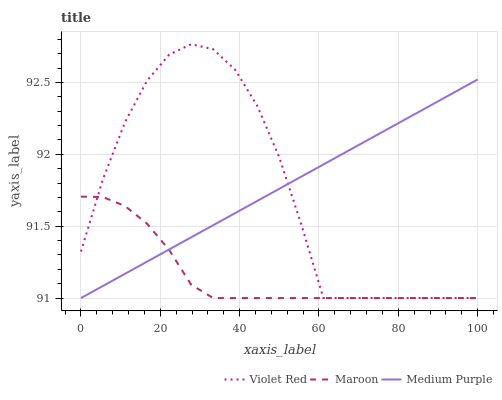
| xaxis_label | Violet Red | Maroon | Medium Purple |
 | --- | --- | --- | --- |
 | 0 | 91.3 | 91.7 | 91 |
 | 5.56 | 91.8 | 91.7 | 91.1 |
 | 11.1 | 92.2 | 91.6 | 91.2 |
 | 16.7 | 92.5 | 91.5 | 91.3 |
 | 22.2 | 92.7 | 91.3 | 91.3 |
 | 27.8 | 92.8 | 91.1 | 91.4 |
 | 33.3 | 92.7 | 91 | 91.5 |
 | 38.9 | 92.6 | 91 | 91.6 |
 | 44.4 | 92.3 | 91 | 91.7 |
 | 50 | 92 | 91 | 91.8 |
 | 55.6 | 91.5 | 91 | 91.8 |
 | 61.1 | 91 | 91 | 91.9 |
 | 66.7 | 91 | 91 | 92 |
 | 72.2 | 91 | 91 | 92.1 |
 | 77.8 | 91 | 91 | 92.2 |
 | 83.3 | 91 | 91 | 92.3 |
 | 88.9 | 91 | 91 | 92.4 |
 | 94.4 | 91 | 91 | 92.4 |
 | 100 | 91 | 91 | 92.5 |